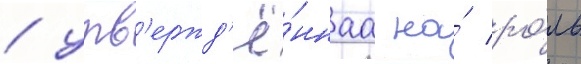
/ утв'ержд'ё́ннаа на́ ро́ль